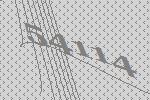
54114